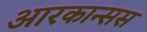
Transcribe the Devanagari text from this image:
आरकान्सस